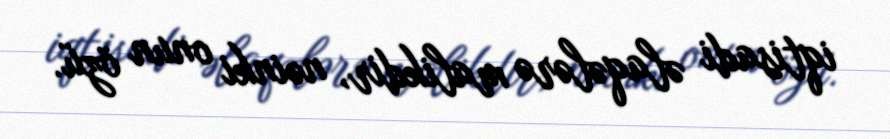
iqtisadi əlaqələrə malikdir, nəinki onun özü.